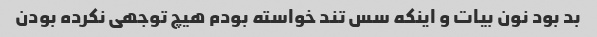
بد بود نون بیات و اینکه سس تند خواسته بودم هیچ توجهی نکرده بودن